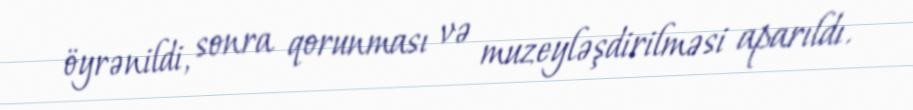
öyrənildi, sonra qorunması və muzeyləşdirilməsi aparıldı.